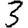
Digit: 3